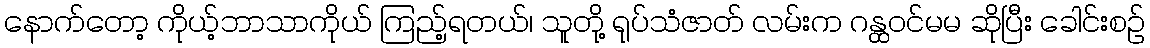
နောက်တော့ ကိုယ့်ဘာသာကိုယ် ကြည့်ရတယ်၊ သူတို့ ရုပ်သံဇာတ် လမ်းက ဂန္ထဝင်မမ ဆိုပြီး ခေါင်းစဉ်